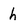
Character: h